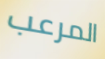
المرعب